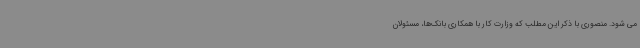
می شود. منصوری با ذکر این مطلب که وزارت کار با همکاری بانک‌ها، مسئولان